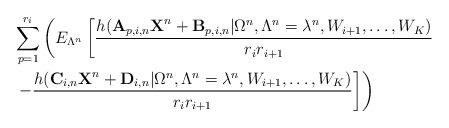
LaTeX: \begin{align*}&\sum_{p=1}^{r_i}\left(E_{\Lambda^n}\left[\frac{h(\textbf{A}_{p,i,n}\textbf{X}^n+\textbf{B}_{p,i,n}|\Omega^n,\Lambda^n=\lambda^n,W_{i+1},\ldots,W_K)}{r_ir_{i+1}}\right.\right.\\&\left.\left.-\frac{h(\textbf{C}_{i,n}\textbf{X}^n+\textbf{D}_{i,n}|\Omega^n,\Lambda^n=\lambda^n,W_{i+1},\ldots,W_K)}{r_ir_{i+1}}\right]\right)\end{align*}